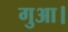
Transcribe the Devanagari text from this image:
गुआ।